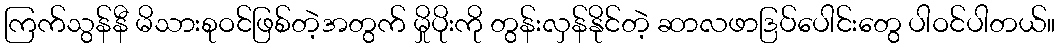
ကြက်သွန်နီ မိသားစုဝင်ဖြစ်တဲ့အတွက် မှိုပိုးကို တွန်းလှန်နိုင်တဲ့ ဆာလဖာဒြပ်ပေါင်းတွေ ပါဝင်ပါတယ်။